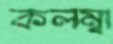
কলম্বা